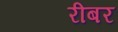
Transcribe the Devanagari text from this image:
रीबर